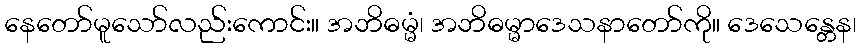
နေတော်မူသော်လည်းကောင်း။ အဘိဓမ္မံ၊ အဘိဓမ္မာဒေသနာတော်ကို။ ဒေသေန္တေန၊